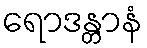
ရောဒန္တာနံ